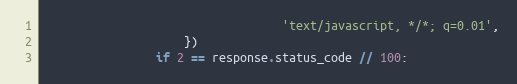
Language: Python
                                  'text/javascript, */*; q=0.01',
                    })
                if 2 == response.status_code // 100: